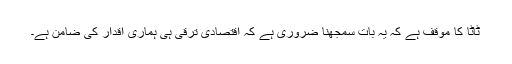
ٹاٹا کا موقف ہے کہ یہ بات سمجھنا ضروری ہے کہ اقتصادی ترقی ہی ہماری اقدار کی ضامن ہے۔